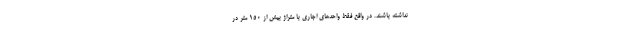
نداشته باشند. در واقع فقط واحدهای اجاری با متراژ بیش از ۱۵۰ متر در